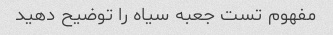
مفهوم تست جعبه سیاه را توضیح دهید